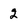
Character: 2